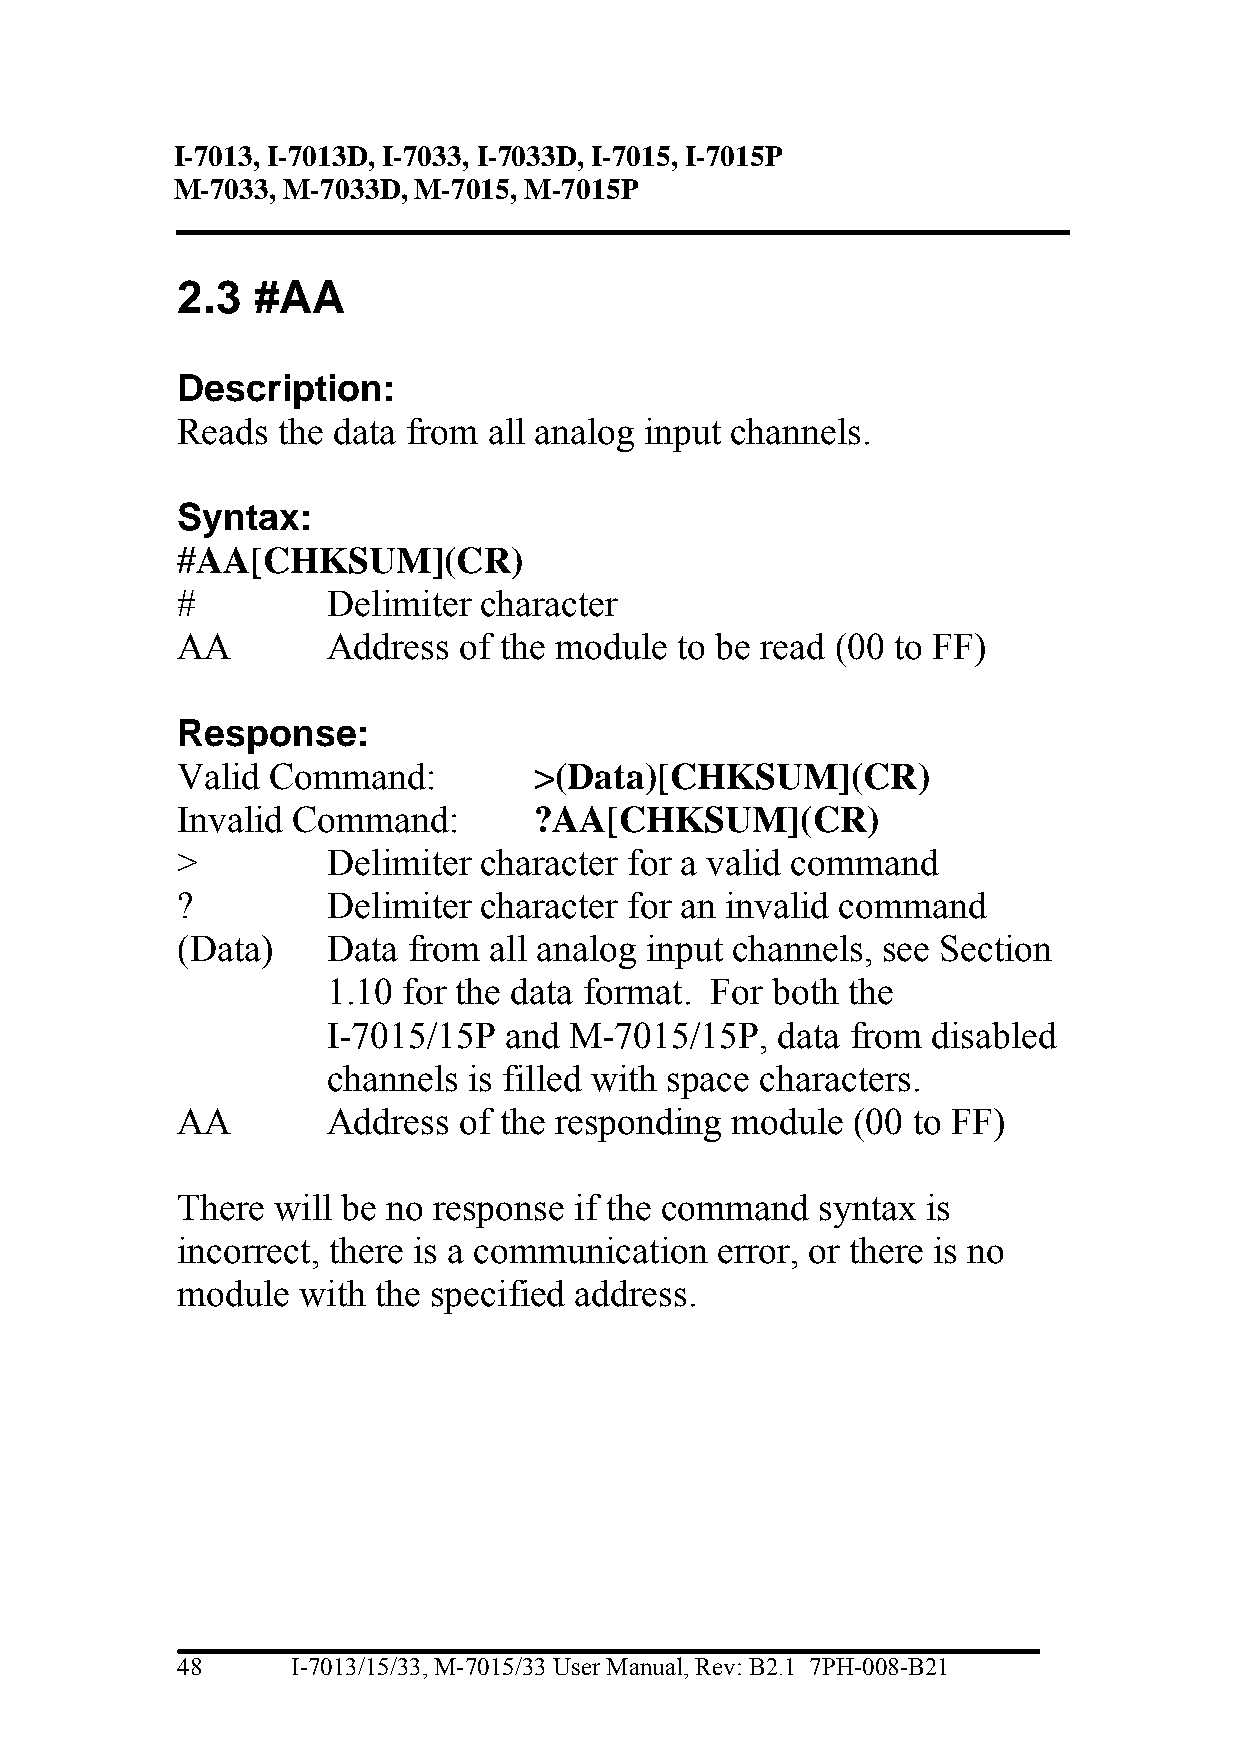
I-7013, I-7013D, I-7033, I-7033D, I-7015, I-7015P
 M-7033, M-7033D, M-7015, M-7015P
 2.3  #AA
 Description:
 Reads the data from all analog input channels.
 Syntax:
 #AA[CHKSUM](CR)
 #         Delimiter character
 AA        Address of the module  to be read (00 to FF)
 Response:
 Valid Command:         >(Data)[CHKSUM](CR)
 Invalid Command:       ?AA[CHKSUM](CR)
 >         Delimiter character for a valid command
 ?         Delimiter character for an invalid command
 (Data)    Data from all analog input channels, see Section
 1.10 for the data format. For both the
 I-7015/15P and  M-7015/15P,  data from  disabled
 channels is filled with space characters.
 AA        Address of the responding module  (00 to FF)
 There will be no response if the command  syntax is
 incorrect, there is a communication error, or there is no
 module  with the specified address.
 48     I-7013/15/33, M-7015/33 User Manual, Rev: B2.1 7PH-008-B21